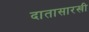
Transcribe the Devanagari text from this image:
दातासारखी